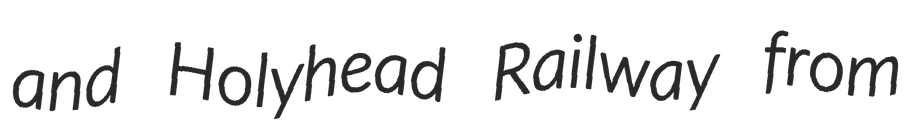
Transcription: and Holyhead Railway from